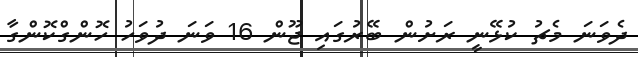
ދެވަނަ މެޗު ކުޅޭނީ ރަށުން ބޭރުގައި ޖޫން 16 ވަނަ ދުވަހު ހޮންގްކޮންގާ